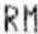
RM